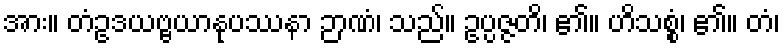
အား။ တံဥဒယဗ္ဗယာနုပဿနာ ဉာဏံ၊ သည်။ ဥပ္ပဇ္ဇတိ၊ ၏။ ဟိသစ္စံ၊ ၏။ တံ၊